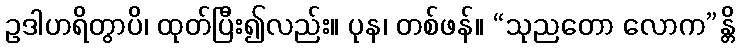
ဥဒါဟရိတွာပိ၊ ထုတ်ပြီး၍လည်း။ ပုန၊ တစ်ဖန်။ “သုညတော လောက”န္တိ